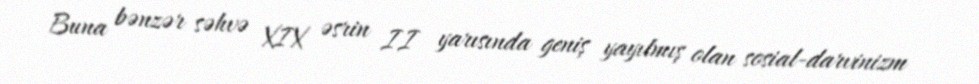
Buna bənzər səhvə XIX əsrin II yarısında geniş yayılmış olan sosial-darvinizm